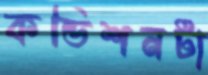
কন্ডিশনটা